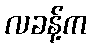
လခန့်က